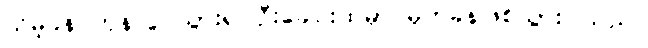
သိမ့်ခနဲ တုန်လှုပ်သွား၍ ဦးခေါင်းထဲမှာ မိုက်ခနဲဖြစ်သွားပါသည်။